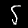
Digit: 5